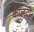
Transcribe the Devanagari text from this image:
कालटी